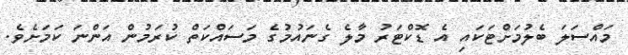
މައްސަލަ ބެލުމަށްޓަކައި އެ ޑޮކްޓަރު މާލެ ގެނައުމުގެ މަސައްކަތް ކުރަމުން އަންނަ ކަމަށެވެ.